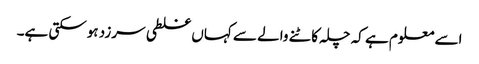
اسے معلوم ہے کہ چلہ کاٹنے والے سے کہاں غلطی سرزد ہوسکتی ہے۔